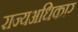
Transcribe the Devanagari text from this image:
राज्यअधिकार